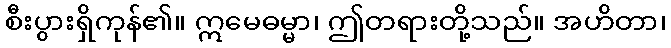
စီးပွားရှိကုန်၏။ ဣမေဓမ္မာ၊ ဤတရားတို့သည်။ အဟိတာ၊